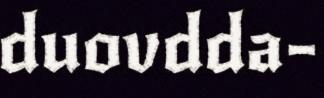
duovdda-